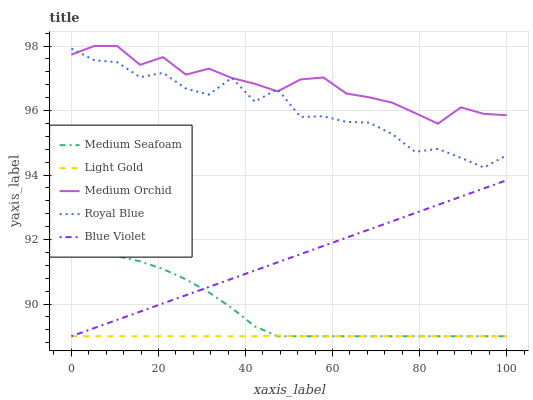
| xaxis_label | Medium Seafoam | Light Gold | Medium Orchid | Royal Blue | Blue Violet |
 | --- | --- | --- | --- | --- | --- |
 | 0 | 91.5 | 89 | 97.7 | 97.9 | 89 |
 | 5.26 | 91.6 | 89 | 98 | 97.6 | 89.3 |
 | 10.5 | 91.5 | 89 | 98 | 97.5 | 89.5 |
 | 15.8 | 91.3 | 89 | 97.4 | 97 | 89.8 |
 | 21.1 | 91.1 | 89 | 97.7 | 97.2 | 90 |
 | 26.3 | 90.8 | 89 | 97.1 | 96.7 | 90.3 |
 | 31.6 | 90.4 | 89 | 97.3 | 96.5 | 90.5 |
 | 36.8 | 89.9 | 89 | 97 | 97 | 90.8 |
 | 42.1 | 89.3 | 89 | 96.8 | 96.3 | 91 |
 | 47.4 | 89 | 89 | 96.6 | 96.7 | 91.3 |
 | 52.6 | 89 | 89 | 97 | 95.8 | 91.5 |
 | 57.9 | 89 | 89 | 97 | 95.8 | 91.8 |
 | 63.2 | 89 | 89 | 96.5 | 95.6 | 92.1 |
 | 68.4 | 89 | 89 | 96.4 | 95.6 | 92.3 |
 | 73.7 | 89 | 89 | 96.2 | 95.3 | 92.6 |
 | 78.9 | 89 | 89 | 95.9 | 94.7 | 92.8 |
 | 84.2 | 89 | 89 | 95.6 | 94.8 | 93.1 |
 | 89.5 | 89 | 89 | 96.1 | 94.5 | 93.3 |
 | 94.7 | 89 | 89 | 95.9 | 94.2 | 93.6 |
 | 100 | 89 | 89 | 95.9 | 94.6 | 93.8 |